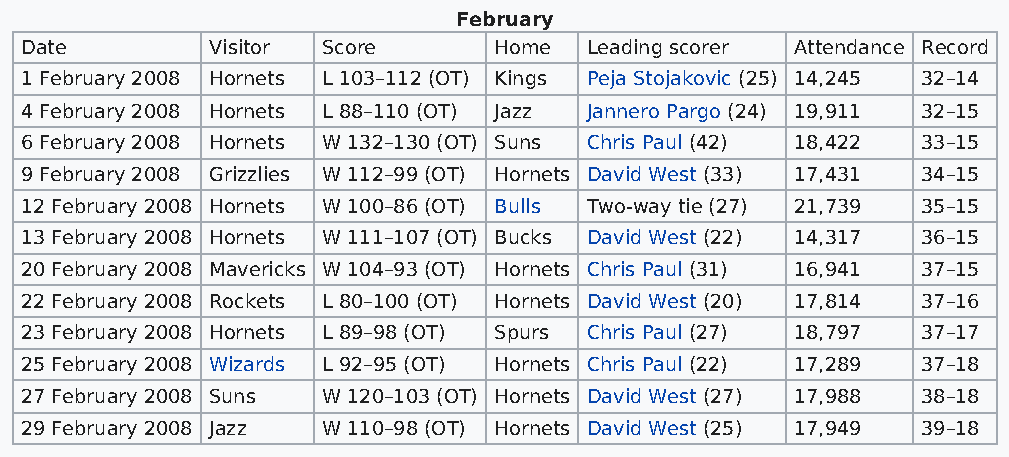
February
 Date         Visitor Score      Home  Leading scorer Attendance Record
 1 February 2008 Hornets L 103–112 (OT) Kings Peja Stojakovic (25) 14,245 32–14
 4 February 2008 Hornets L 88–110 (OT) Jazz Jannero Pargo (24) 19,911 32–15
 6 February 2008 Hornets W 132–130 (OT) Suns Chris Paul (42) 18,422 33–15
 9 February 2008 Grizzlies W 112–99 (OT) Hornets David West (33) 17,431 34–15
 12 February 2008 Hornets W 100–86 (OT) Bulls Two-way tie (27) 21,739 35–15
 13 February 2008 Hornets W 111–107 (OT) Bucks David West (22) 14,317 36–15
 20 February 2008 Mavericks W 104–93 (OT) Hornets Chris Paul (31) 16,941 37–15
 22 February 2008 Rockets L 80–100 (OT) Hornets David West (20) 17,814 37–16
 23 February 2008 Hornets L 89–98 (OT) Spurs Chris Paul (27) 18,797 37–17
 25 February 2008 Wizards L 92–95 (OT) Hornets Chris Paul (22) 17,289 37–18
 27 February 2008 Suns W 120–103 (OT) Hornets David West (27) 17,988 38–18
 29 February 2008 Jazz W 110–98 (OT) Hornets David West (25) 17,949 39–18